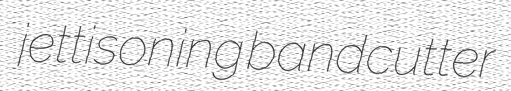
jettisoning bandcutter